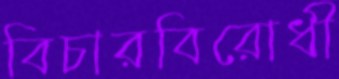
বিচারবিরোধী